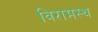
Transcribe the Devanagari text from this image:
विरामस्थ